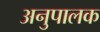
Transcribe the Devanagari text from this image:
अनुपालक